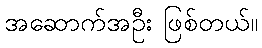
အဆောက်အဦး ဖြစ်တယ်။